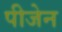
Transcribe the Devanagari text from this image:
पीजेन